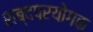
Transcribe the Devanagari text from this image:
शब्दप्रयोगक